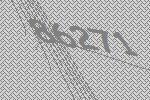
86271